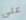
على